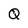
Character: Q